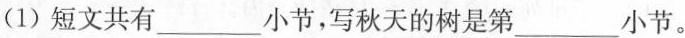
(1)短文共有___小节，写秋天的树是第___小节。